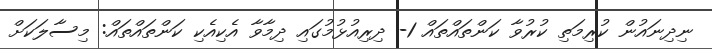
ނިދިނައުން ކުރިމަތި ކުރުވާ ކަންތައްތައް 1- ދިރިއުޅުމުގައި ދިމާވާ އެކިއެކި ކަންތައްތައް: މިސާލަކަށް